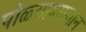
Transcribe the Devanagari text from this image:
पोळ्यादरम्यान